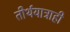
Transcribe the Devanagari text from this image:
तीर्थयात्राही